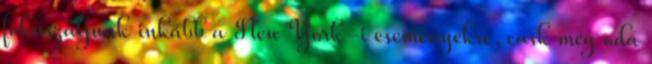
fókuszáljunk inkább a New York-i eseményekre, cask még oda